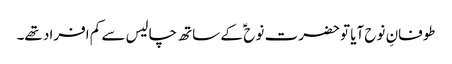
طوفانِ نوح آیا تو حضرت نوح ؑ کے ساتھ چالیس سے کم افراد تھے۔